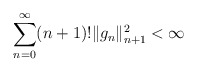
\begin{align*}\sum_{n=0}^\infty (n+1)! \|g_n\|_{n+1}^2<\infty\end{align*}